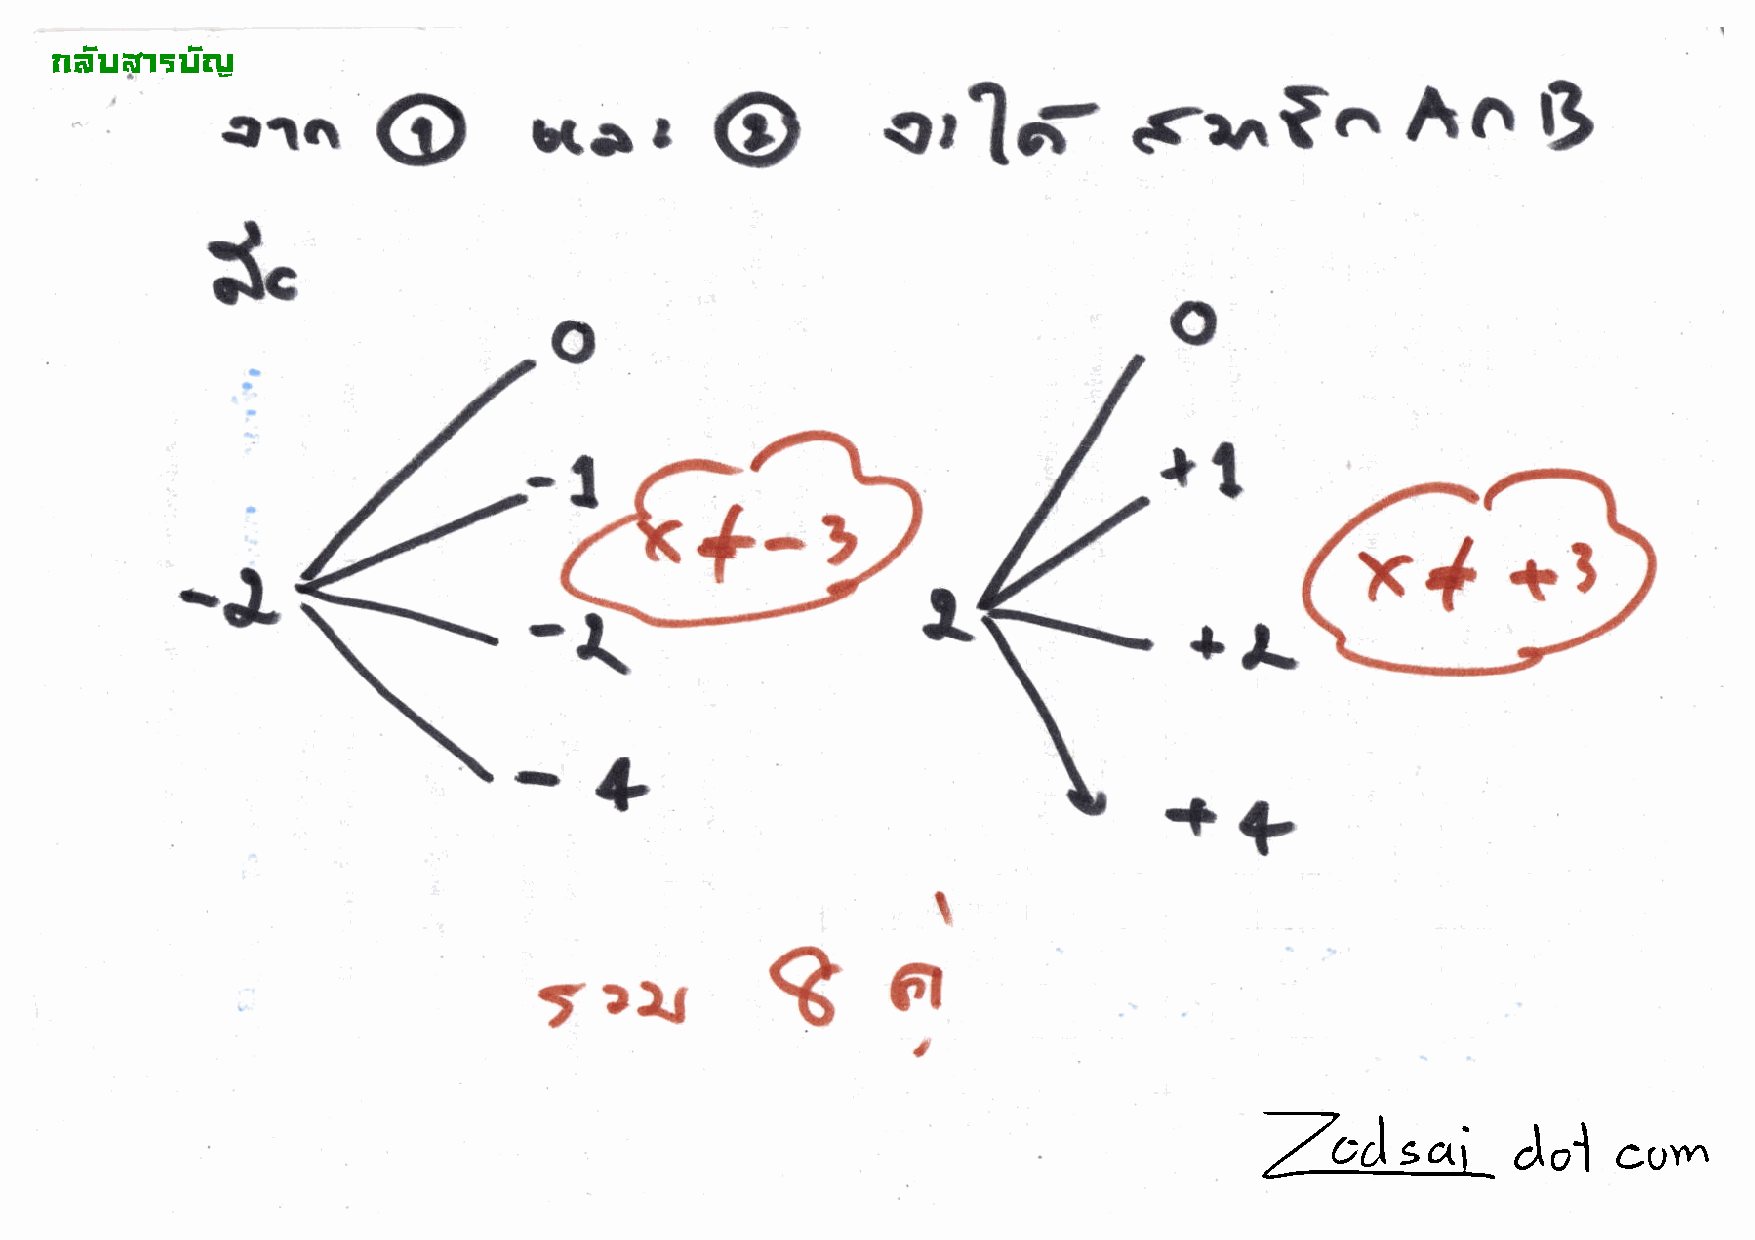
!"#$%&'$#(
 xer                                                       An
 e1a       @                                 er'16-          q<eaf^
 @                                                      13
 o
 .
 +t
 -1
 (-2
 -J
 +.L
 -{
 .rD  +                                     ++
 t
 q
 a
 tlt
 t
 a